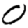
Digit: 0